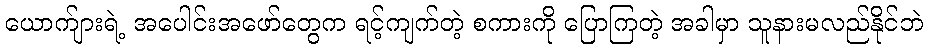
ယောက်ျားရဲ့ အပေါင်းအဖော်တွေက ရင့်ကျက်တဲ့ စကားကို ပြောကြတဲ့ အခါမှာ သူနားမလည်နိုင်ဘဲ